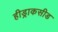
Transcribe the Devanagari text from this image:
हीड्राकसीड